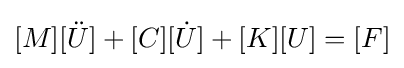
[M][{\ddot {U}}]+[C][{\dot {U}}]+[K][U]=[F]